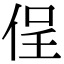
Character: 侱